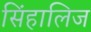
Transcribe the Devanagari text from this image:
सिंहालिज